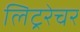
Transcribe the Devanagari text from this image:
लिट्ररेचर